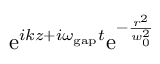
\mathrm { e } ^ { i k z + i \omega _ { \mathrm { g a p } } t } \mathrm { e } ^ { - \frac { r ^ { 2 } } { w _ { 0 } ^ { 2 } } }